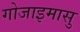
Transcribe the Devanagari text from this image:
गोजाइमासु